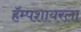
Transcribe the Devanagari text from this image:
हॅम्पशायरला